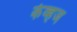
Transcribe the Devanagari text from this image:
केव्हज